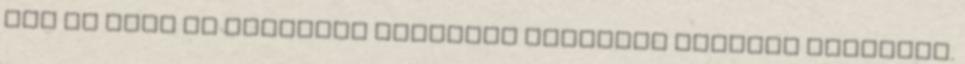
nem ez lesz az egyetlen rendezői kreditje kedvenc Neónknak.